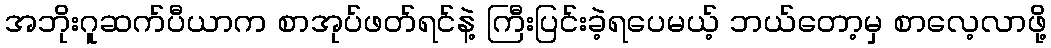
အဘိုးဂူဆက်ပီယာက စာအုပ်ဖတ်ရင်နဲ့ ကြီးပြင်းခဲ့ရပေမယ့် ဘယ်တော့မှ စာလေ့လာဖို့